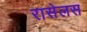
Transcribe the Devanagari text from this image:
रासेलस